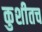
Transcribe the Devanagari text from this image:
कुशीतच